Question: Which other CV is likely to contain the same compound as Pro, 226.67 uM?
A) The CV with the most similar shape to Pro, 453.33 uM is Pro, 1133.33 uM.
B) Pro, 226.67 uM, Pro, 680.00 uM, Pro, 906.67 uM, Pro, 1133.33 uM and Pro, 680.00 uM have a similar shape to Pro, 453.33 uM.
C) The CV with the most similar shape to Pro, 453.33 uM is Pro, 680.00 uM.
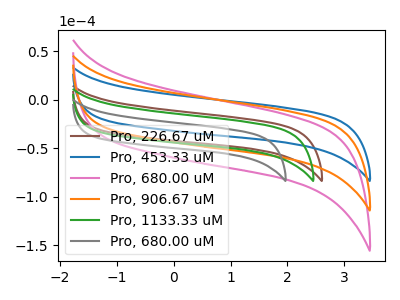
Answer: <think>The brown curve "Pro, 226.67 uM" has no peaks. The blue curve "Pro, 453.33 uM" has no peaks. The pink curve "Pro, 680.00 uM" has no peaks. The orange curve "Pro, 906.67 uM" has no peaks. The green curve "Pro, 1133.33 uM" has no peaks. The gray curve "Pro, 680.00 uM" has no peaks.
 Neither "Pro, 226.67 uM" or "Pro, 453.33 uM" have any peaks. Neither "Pro, 226.67 uM" or "Pro, 680.00 uM" have any peaks. Neither "Pro, 226.67 uM" or "Pro, 906.67 uM" have any peaks. Neither "Pro, 226.67 uM" or "Pro, 1133.33 uM" have any peaks. Neither "Pro, 226.67 uM" or "Pro, 680.00 uM" have any peaks. Neither "Pro, 453.33 uM" or "Pro, 680.00 uM" have any peaks. Neither "Pro, 453.33 uM" or "Pro, 906.67 uM" have any peaks. Neither "Pro, 453.33 uM" or "Pro, 1133.33 uM" have any peaks. Neither "Pro, 453.33 uM" or "Pro, 680.00 uM" have any peaks. Neither "Pro, 680.00 uM" or "Pro, 906.67 uM" have any peaks. Neither "Pro, 680.00 uM" or "Pro, 1133.33 uM" have any peaks. Neither "Pro, 680.00 uM" or "Pro, 680.00 uM" have any peaks. Neither "Pro, 906.67 uM" or "Pro, 1133.33 uM" have any peaks. Neither "Pro, 906.67 uM" or "Pro, 680.00 uM" have any peaks. Neither "Pro, 1133.33 uM" or "Pro, 680.00 uM" have any peaks.</think>
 <answer>B) "Pro, 226.67 uM", "Pro, 680.00 uM", "Pro, 906.67 uM", "Pro, 1133.33 uM" and "Pro, 680.00 uM" have a similar shape to "Pro, 453.33 uM".</answer>
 <eval>B</eval>